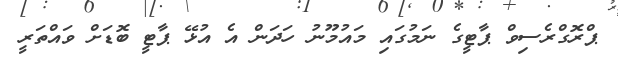
ޕްރޮގްރެސިވް ޕާޓީގެ ނަމުގައި މައުމޫނު ހަދަން އެ އުޅޭ ޕާޓީ ބޮޑަށް ވައްތަރީ